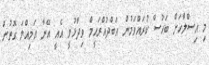
މި އިސްލާހަށް ބަހުސް ކުރައްވަމުން އަބްދުއްރަހީމް ވިދާޅުވީ އެއީ އޭނާ އަމިއްލަ ގޮތުން